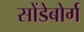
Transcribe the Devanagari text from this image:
सोंडेबोर्ग